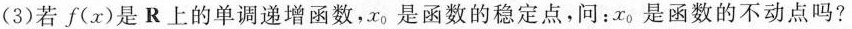
(3)若f(x)是R上的单调递增函数，x_{0}是函数的稳定点，问：x_{0}是函数的不动点吗?